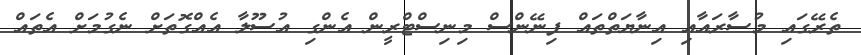
ތެރޭގައި މުސާރައާއި އިނާޔަތްތައް ފިނޭންސް މިނިސްޓްރީން އެންގި އުސޫލާ އެއްގޮތަށް ނެގުމަށް އެތައް